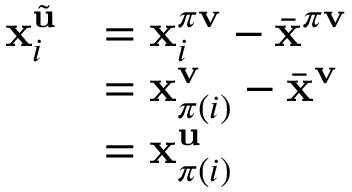
\begin{array} { r l } { \mathbf { x } _ { i } ^ { \tilde { \mathbf { u } } } } & { = \mathbf { x } _ { i } ^ { \pi \mathbf { v } } - \bar { \mathbf { x } } ^ { \pi \mathbf { v } } } \\ & { = \mathbf { x } _ { \pi ( i ) } ^ { \mathbf { v } } - \bar { \mathbf { x } } ^ { \mathbf { v } } } \\ & { = \mathbf { x } _ { \pi ( i ) } ^ { \mathbf { u } } } \end{array}